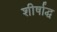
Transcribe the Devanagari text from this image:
शीर्षाद्ध